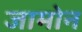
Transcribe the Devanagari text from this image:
जामोन